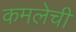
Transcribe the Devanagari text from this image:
कमलेची